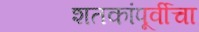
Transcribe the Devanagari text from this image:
शतकांपूर्वीचा